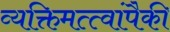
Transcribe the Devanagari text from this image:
व्यक्तिमत्त्वांपैकी